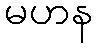
မဟန